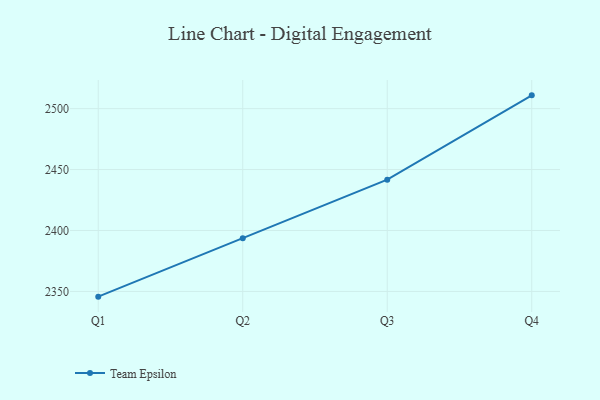
{"axis": {"x": "Quarter", "y": "Bounce Rate (%)"}, "legend": ["Team Epsilon"], "data": [{"x": "Q1", "y": 2345.7, "type": "Team Epsilon"}, {"x": "Q2", "y": 2393.7, "type": "Team Epsilon"}, {"x": "Q3", "y": 2441.7, "type": "Team Epsilon"}, {"x": "Q4", "y": 2510.9, "type": "Team Epsilon"}]}